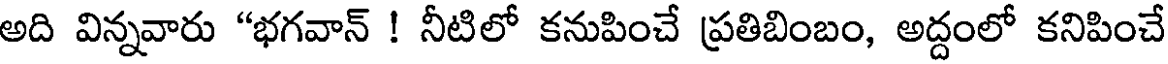
అది విన్నవారు "భగవాన్ ! నీటిలో కనుపించే ప్రతిబింబం, అద్దంలో కనిపించే